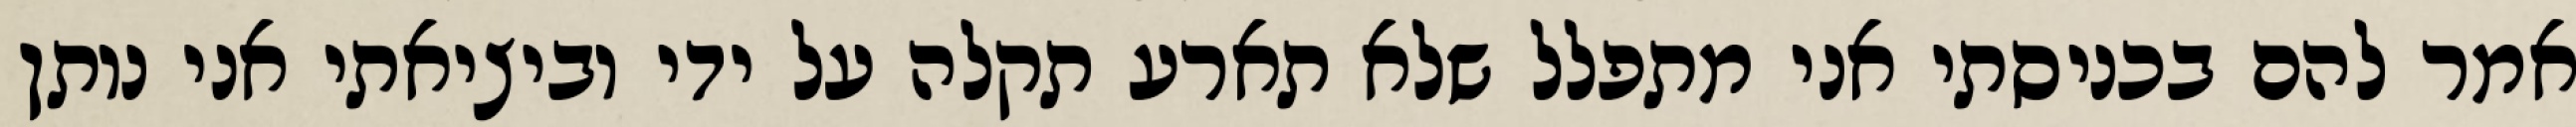
אמר להם בכניסתי אני מתפלל שלא תארע תקלה על ידי וביציאתי אני נותן